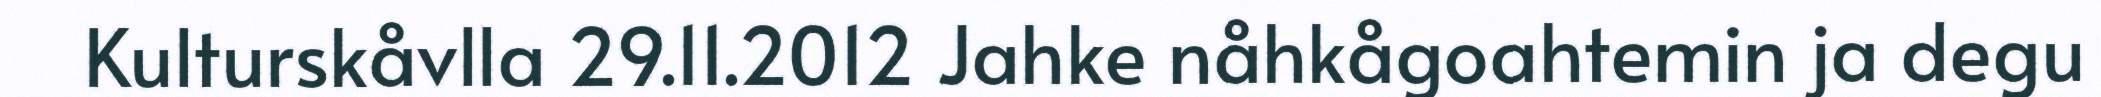
Kulturskåvlla 29.11.2012 Jahke nåhkågoahtemin ja degu